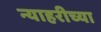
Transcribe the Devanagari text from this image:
न्याहरीच्या